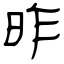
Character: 昨